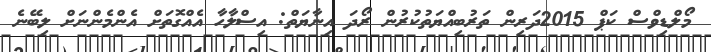
މޯލްޑިވްސް ކަޕް 2015ދަރިން ތަރުބިއްޔަތުކުރުން ރޯދަ އިނާޔަތް: އިސްލާހާ އެއްގޮތަށް އެންމެންނަށް ލިބޭނެ